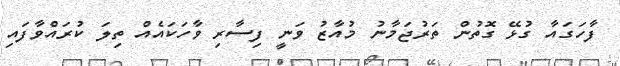
ފާހަގައާ ގުޅޭ ގޮތުން ތަރުޖަމާނު މުއާޒު ވަނީ ފިސާރި ވާހަކައެއް ތިލަ ކުރައްވާފައި